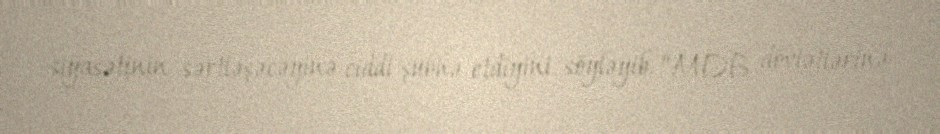
siyasətinin sərtləşəcəyinə ciddi şübhə etdiyini söyləyib: “MDB dövlətlərinə